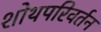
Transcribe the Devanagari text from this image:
शोथपरिवर्तन